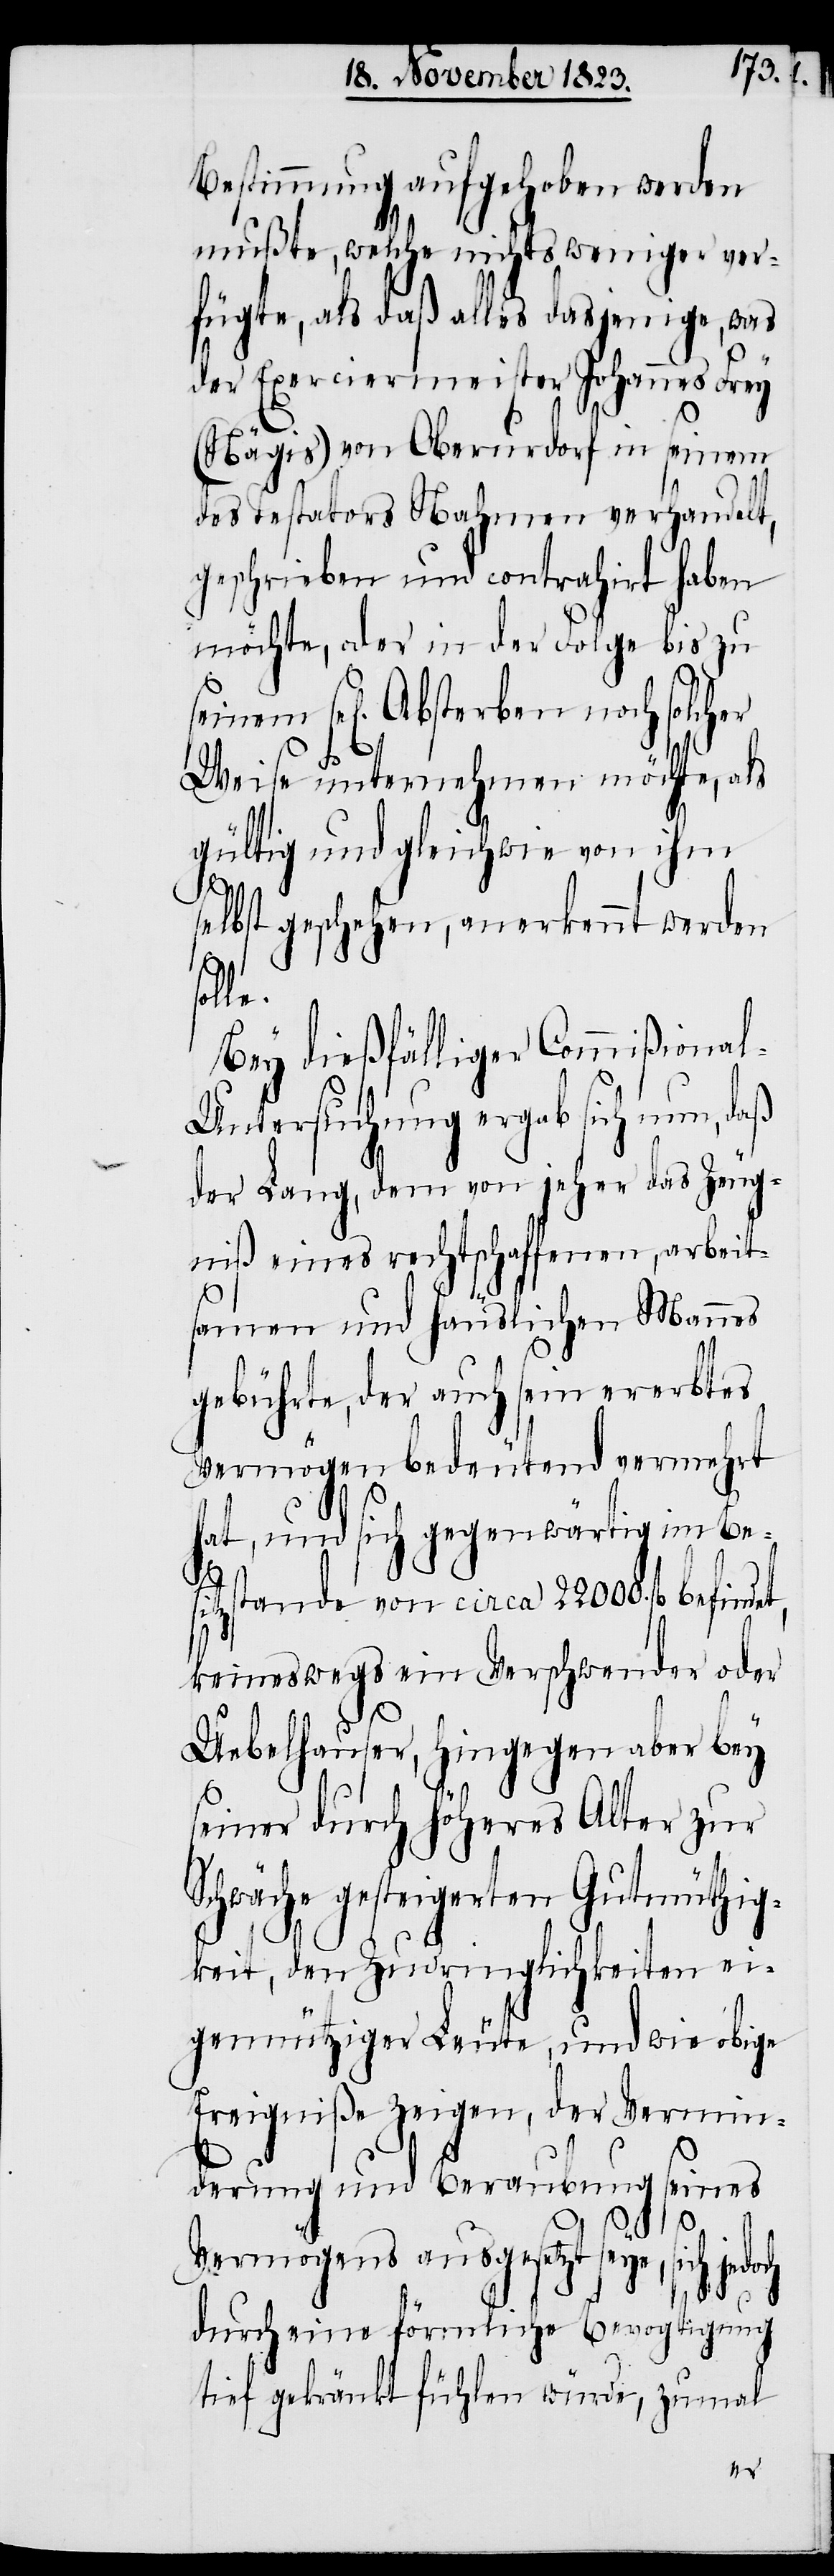
Bestimmung aufgehoben werden
mußte, welche nichts weniger ver¬
fügte, als daß alles dasjenige, was
der Exerciermeister Johannes Frey
(Nägis) von Oberurdorf in seinem
des Testators Nahmen verhandelt,
geschrieben und contrahirt haben
möchte, oder in der Folge bis zu
sel[igen] Absterben noch solcher
Weise unternehmen möchte, als
gültig und gleichwie von ihm
selbst geschehen, anerkennt werden
sol¬
Bey dießfälliger Commißiona¬
l-Untersuchung ergab sich nun, daß
der Lang, dem von jeher das Zeug¬
niß eines rechtschaffenen arbeit¬
samen und häuslichen Mannes
gebührte, der auch sein ererbtes
Vermögen bedeutend vermehrt
hat, und sich gegenwärtig im Be¬
S¬
sitzstande von circa 22000. fl befindet,
keineswegs ein Verschwender oder
Uebelhauser, hingegen aber bey
seiner durch höheres Alter zur
chwäche gesteigerten Gutmüthig¬
keit, den Zudringlichkeiten ei¬
gennütziger Leute, und wie obige
Ereigniße zeigen, der Vermin¬
derung und Beraubung seines
Vermögens ausgesetzt seye,
durch eine förmliche Bevogtigung
tief gekränkt fühlen würde, zumal